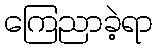
ကြေညာခဲ့ရာ